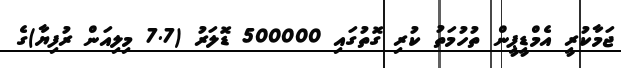
ޖަމާކުރީ އެމްޑީޕީން ތުހުމަތު ކުރި ގޮތުގައި 500000 ޑޮލަރު (7.7 މިލިއަން ރުފިޔާ)ގެ